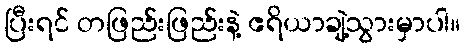
ပြီးရင် တဖြည်းဖြည်းနဲ့ ဧရိယာချဲ့သွားမှာပါ။